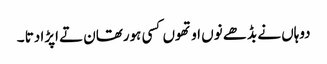
دوہاں نے بڈھے نوں اوتھوں کسی ہورتھان تے اپڑا دتا ۔